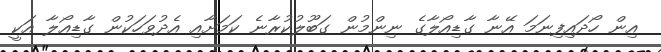
އިން ހޯދައިފިނަމަ އޭނާ ގާޑިއޯލާގެ ނިންމުން ގަބޫލުކުރާނެ ކަމަށާއި އެދުވަހަކުން ގާޑިއޯލާ އަކީ